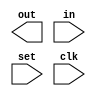
module random(out, in, set, clk);

    input in, clk,set;
    integer i;
    output out;
    reg out;

    always @ (posedge clk) begin
      if(set) begin
        i <= 1'd9;
      end
    end
endmodule